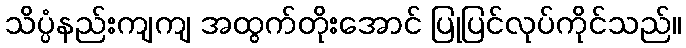
သိပ္ပံနည်းကျကျ အထွက်တိုးအောင် ပြုပြင်လုပ်ကိုင်သည်။